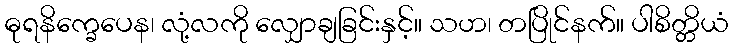
ဓုရနိက္ခေပေန၊ လုံ့လကို လျှောချခြင်းနှင့်။ သဟ၊ တပြိုင်နက်။ ပါစိတ္တိယံ